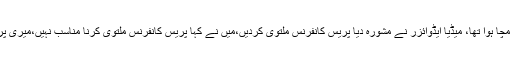
چوہدری نثار نے کہا کہ میڈیا پر ایک طوفان مچا ہوا تھا، میڈیا ایڈوائزر نے مشورہ دیا پریس کانفرنس ملتوی کردیں،میں نے کہا پریس کانفرنس ملتوی کرنا مناسب نہیں،میری پریس کانفرنس آج کے واقعے سے متعلق نہیں۔